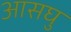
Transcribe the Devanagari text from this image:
आसघु